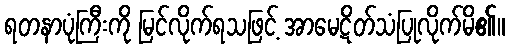
ရတနာပုံကြီးကို မြင်လိုက်ရသဖြင့် အာမေဋိတ်သံပြုလိုက်မိ၏။